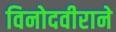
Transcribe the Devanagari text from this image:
विनोदवीराने